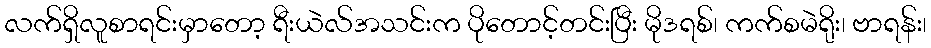
လက်ရှိလူစာရင်းမှာတော့ ရီးယဲလ်အသင်းက ပိုတောင့်တင်းပြီး မိုဒရစ်၊ ကက်စမဲရိုး၊ ဗာရန်း၊